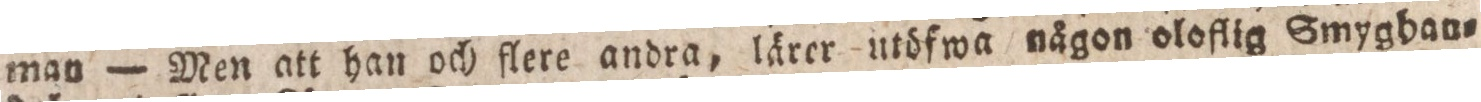
man — Men att han och flere andra, lärer utöfwa någon oloflig Smyghan=